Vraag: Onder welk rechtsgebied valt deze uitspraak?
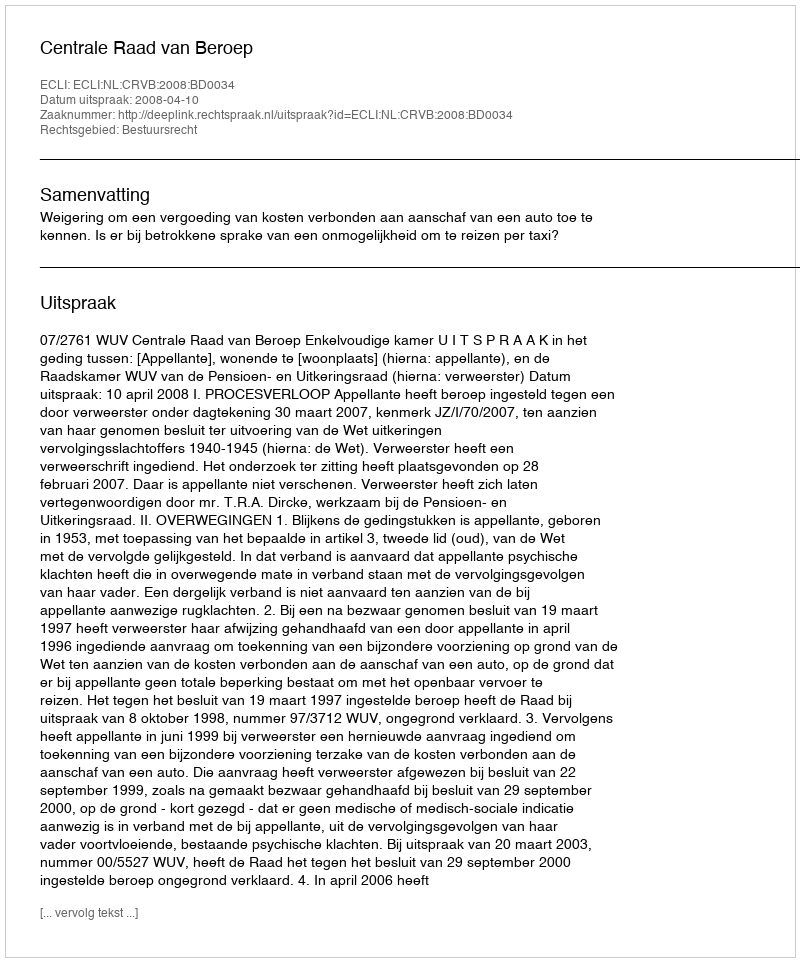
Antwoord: Bestuursrecht